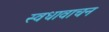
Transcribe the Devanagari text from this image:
स्वधावाचन